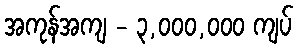
အကုန်အကျ - ၃,၀၀၀,၀၀၀ ကျပ်